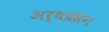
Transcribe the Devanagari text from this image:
अर्थप्रसंग